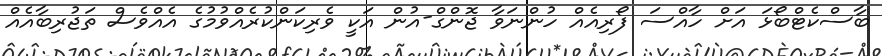
ބާސްކެޓްބޯޅަ އަށް ހާއްސަ ފޯރިއެއް ހުންނަވާ ޖޮންގް-އުން އަކީ ވެރިކަންކުރެއްވުމުގެ އެއްވެސް ތަޖުރިބާއެއް